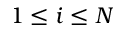
1 \le i \le N